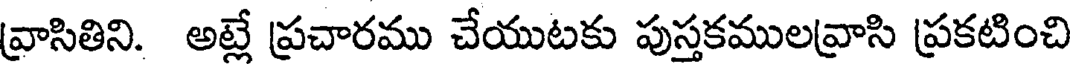
వ్రాసితిని. అట్లే ప్రచారము చేయుటకు పుస్తకములవ్రాసి ప్రకటించి